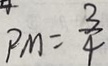
P M = \frac { 3 } { 4 }